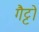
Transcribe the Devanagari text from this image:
गैट्टो